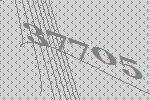
37705